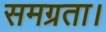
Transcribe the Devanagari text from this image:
समग्रता।